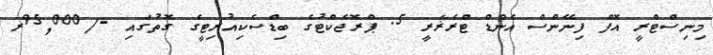
މިނިސްޓްރީ އޮފް ފިނޭންސް އެންޑް ޓްރެޜަރީ 5. ޕްރޮޖެކްޓުގެ ބިޑްސެކިއުރިޓީގެ ގޮތުގައި -/95